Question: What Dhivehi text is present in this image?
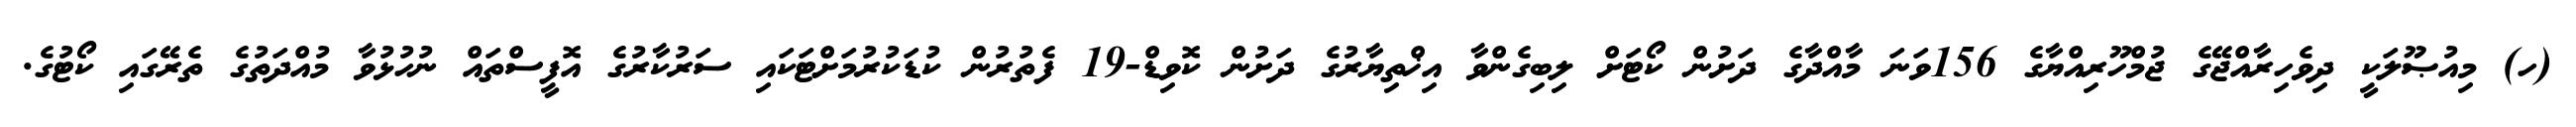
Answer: (ހ) މިއުޞޫލަކީ ދިވެހިރާއްޖޭގެ ޖުމްހޫރިއްޔާގެ 156ވަނަ މާއްދާގެ ދަށުން ކޯޓަށް ލިބިގެންވާ އިޚްތިޔާރުގެ ދަށުން ކޮވިޑް-19 ފެތުރުން ކުޑަކުރުމަށްޓަކައި ސަރުކާރުގެ އޮފީސްތައް ނުހުޅުވާ މުއްދަތުގެ ތެރޭގައި ކޯޓުގެ.